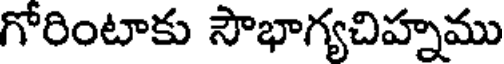
గోరింటాకు సౌభాగ్యచిహ్నము